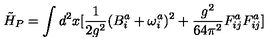
\tilde { H } _ { P } = \int d ^ { 2 } x [ \frac { 1 } { 2 g ^ { 2 } } ( B _ { i } ^ { a } + \omega _ { i } ^ { a } ) ^ { 2 } + \frac { g ^ { 2 } } { 6 4 \pi ^ { 2 } } F _ { i j } ^ { a } F _ { i j } ^ { a } ]